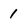
Character: 1